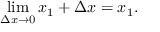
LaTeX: \operatorname* { l i m } _ { \Delta x \to 0 } x _ { 1 } + \Delta x = x _ { 1 } .